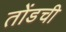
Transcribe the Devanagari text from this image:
तोंडची